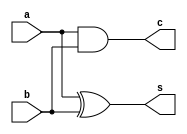
`timescale 1ns / 1ps
//////////////////////////////////////////////////////////////////////////////////
// Company: 
// Engineer: 
// 
// Design Name: 
// Module Name: halfAdder
// Project Name: 
// Target Devices: 
// Tool Versions: 
// Description: 
// 
// Dependencies: 
// 
// Revision:
// Revision 0.01 - File Created
// Additional Comments:
// 
//////////////////////////////////////////////////////////////////////////////////


module halfAdder(s, c, a, b);
  input a, b;
  output s, c;
  
  assign s = a ^ b; // XOR
  assign c = a & b; // AND
endmodule

// module halfAdder(output s,c, input a,b);

//   XOR(s,a,b);
//   AND(c,a,b);
// endmodule